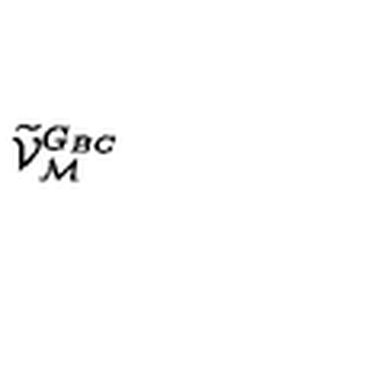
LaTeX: \widetilde { \mathcal V } _ { \mathcal M } ^ { G _ { \scriptsize B C } }